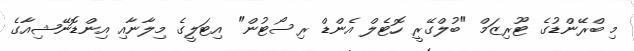
މި ބްރޭންޑުގެ ޓޫރިޒަމް "ބުލްގޭރީ ހޮޓެލް އެންޑް ރިސޯޓުން" އިޓަލީގެ މިލާނާއި އިންޑޮނޭޝިއާގެ